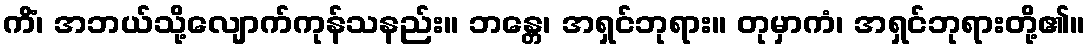
ကိံ၊ အဘယ်သို့လျောက်ကုန်သနည်း။ ဘန္တေ၊ အရှင်ဘုရား။ တုမှာကံ၊ အရှင်ဘုရားတို့၏။